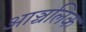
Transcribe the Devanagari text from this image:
आञ्चलिक